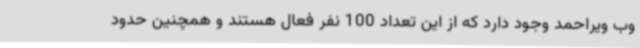
وب ویراحمد وجود دارد که از این تعداد 100 نفر فعال هستند و همچنین حدود